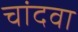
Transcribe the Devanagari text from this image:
चांदवा